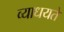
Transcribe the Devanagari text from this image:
व्याधयते